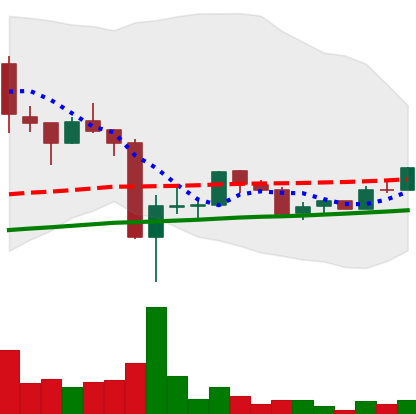
Ticker: LTC-USD
Chart end date: 2017-09-27
Forward return: -5.165%
Label: down_5_7